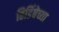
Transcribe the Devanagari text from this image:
हिडिंबेच्या